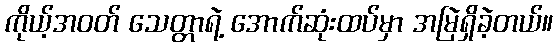
ကိုယ့်အဝတ် သေတ္တာရဲ့ အောက်ဆုံးထပ်မှာ အမြဲရှိခဲ့တယ်။